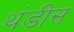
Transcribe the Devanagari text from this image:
थंडीस